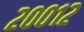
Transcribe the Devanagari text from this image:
२००१२